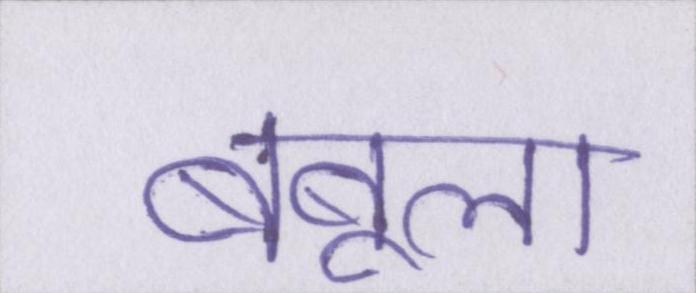
बबूला